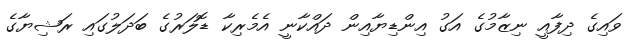
ވައިގެ ދިފާއީ ނިޒާމުގެ އަގު އިންޑިޔާއިން ދައްކާނީ އެމެރިކާ ޑޮލަރުގެ ބަދަލުގައި ރަޝިޔާގެ